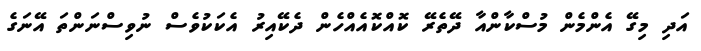
އަދި މިގޭ އެންމެން މުސްކާންއާ ދޭތެރޭ ކޮއްކޮއެއްހެން ދެކޭއިރު އެކަކުވެސް ނުވިސްނަންތަ އޭނަގެ